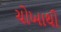
ચોખાથી